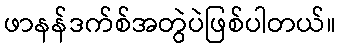
ဖာနန်ဒက်စ်အတွဲပဲဖြစ်ပါတယ်။